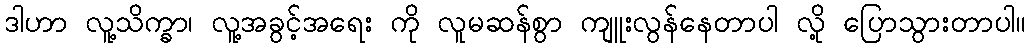
ဒါဟာ လူ့သိက္ခာ၊ လူ့အခွင့်အရေး ကို လူမဆန်စွာ ကျူးလွန်နေတာပါ လို့ ပြောသွားတာပါ။